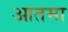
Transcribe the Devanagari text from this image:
आतमा